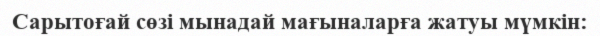
Сарытоғай сөзі мынадай мағыналарға жатуы мүмкін: